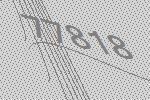
77818